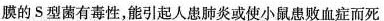
膜的S型菌有毒性，能引起人患肺炎或使小鼠患败血症而死